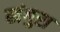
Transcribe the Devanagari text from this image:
खंगुरा